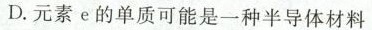
D.元素e的单质可能是一种半导体材料